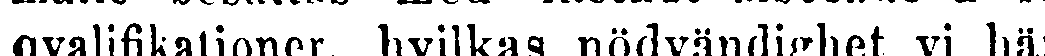
qvalifikationer, hvilkas nödvändighet vi här